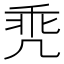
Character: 𪞳